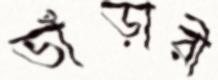
ভাঁড়ারী